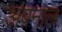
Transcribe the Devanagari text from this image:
अबनाल